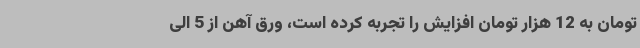
تومان به 12 هزار تومان افزایش را تجربه کرده است، ورق آهن از 5 الی